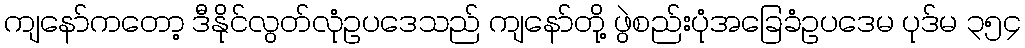
ကျနော်ကတော့ ဒီနိုင်လွတ်လုံဥပဒေသည် ကျနော်တို့ ဖွဲစည်းပုံအခြေခံဥပဒေမ ပုဒ်မ ၃၅၄